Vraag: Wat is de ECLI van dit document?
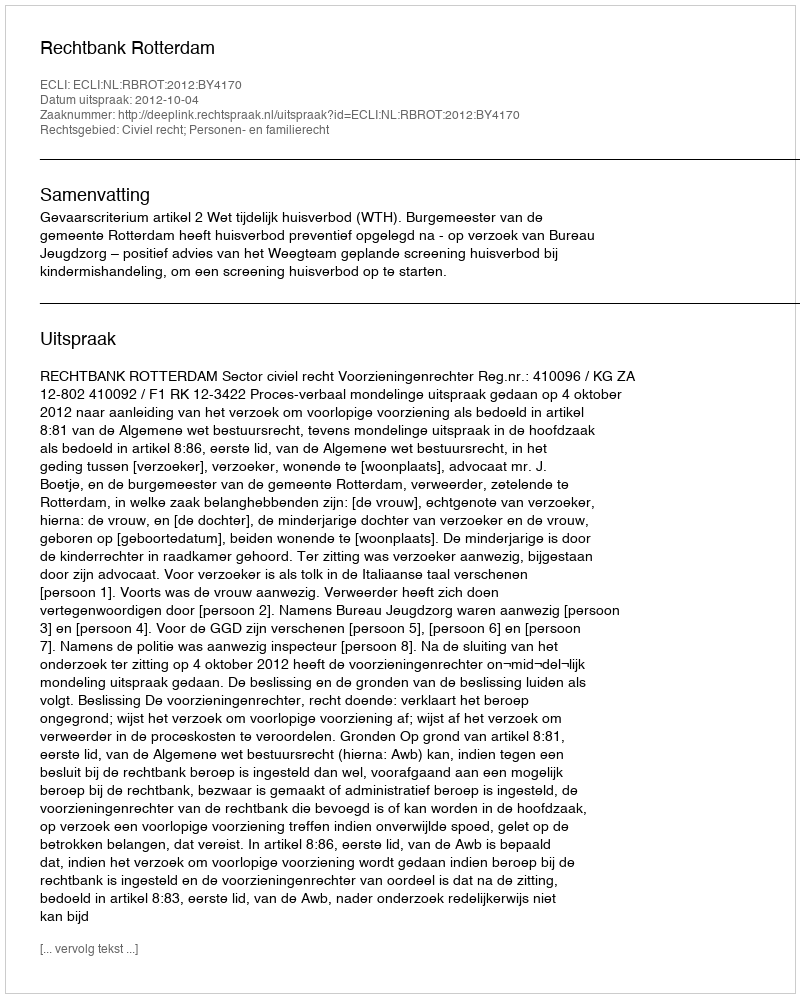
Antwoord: ECLI:NL:RBROT:2012:BY4170